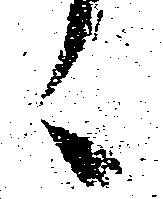
々